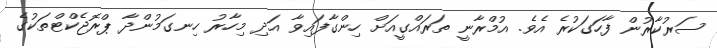
ސަރުކާރުން ފާހަގަކުރެ އެވެ. އުމްރާނީ ތަރައްގީއަށް ހިންގާފައިވާ އަދި މިހާރު ހިނގަމުންދާ ޕްރޮޖެކްޓްތަކުގެ